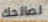
لصالحك